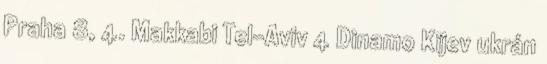
Praha 8, 4. Makkabi Tel-Aviv 4 Dinamo Kijev ukrán